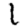
Digit: 1